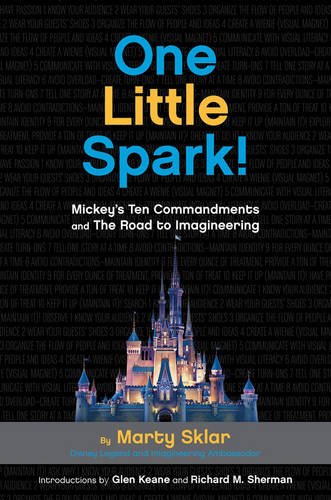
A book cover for One Little Spark!: Mickey's Ten Commandments and The Road to Imagineering; Martin Sklar; Arts & Photography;